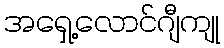
အရှေ့လောင်ဂျီကျု